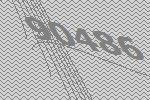
90486